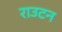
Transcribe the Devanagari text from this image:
राउटन